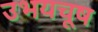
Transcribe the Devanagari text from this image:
उभयचूष